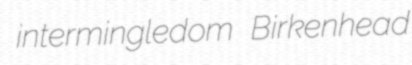
intermingledom Birkenhead